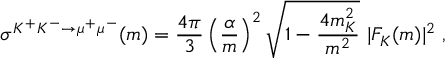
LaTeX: \sigma ^ { K ^ { + } K ^ { - } \rightarrow \mu ^ { + } \mu ^ { - } } ( m ) = \frac { 4 \pi } { 3 } \left( \frac { \alpha } { m } \right) ^ { 2 } \sqrt { 1 - \frac { 4 m _ { K } ^ { 2 } } { m ^ { 2 } } } \ | F _ { K } ( m ) | ^ { 2 } \; ,